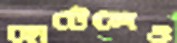
হোটেলেও